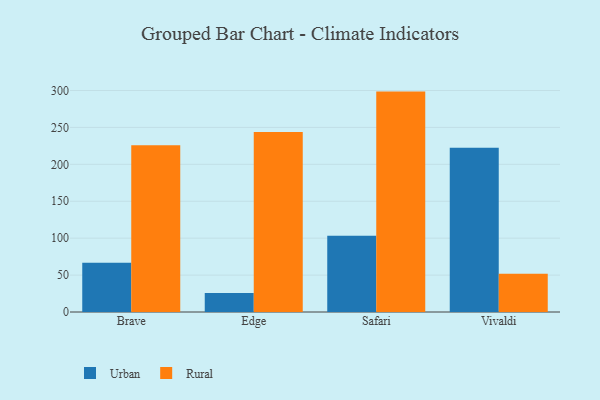
{"axis": {"x": "Browser", "y": "Operating Costs (USD K)"}, "legend": ["Rural", "Urban"], "data": [{"x": "Brave", "y": 66.7, "type": "Urban"}, {"x": "Brave", "y": 225.7, "type": "Rural"}, {"x": "Edge", "y": 25.8, "type": "Urban"}, {"x": "Edge", "y": 243.9, "type": "Rural"}, {"x": "Safari", "y": 103.3, "type": "Urban"}, {"x": "Safari", "y": 298.5, "type": "Rural"}, {"x": "Vivaldi", "y": 222.3, "type": "Urban"}, {"x": "Vivaldi", "y": 51.8, "type": "Rural"}]}